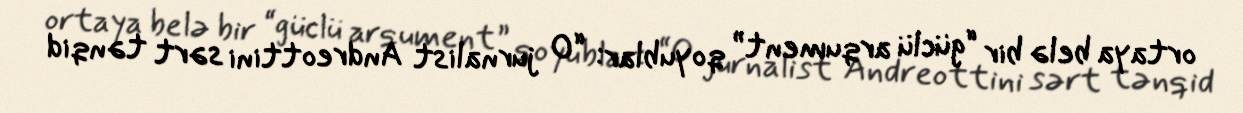
ortaya belə bir “güclü arqument” qoyublar: “O jurnalist Andreottini sərt tənqid